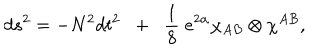
d s ^ { 2 } = - N ^ { 2 } d t ^ { 2 } \; \; + \; \; \frac { 1 } { 8 } \; e ^ { 2 \alpha } \chi _ { A B } \otimes \chi ^ { A B } ,